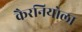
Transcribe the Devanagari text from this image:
कैरनियोला